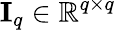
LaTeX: \mathbf{I}_{q}\in\mathbb{R}^{q\times q}